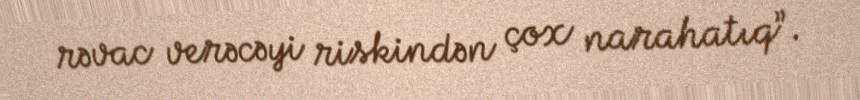
rəvac verəcəyi riskindən çox narahatıq”.